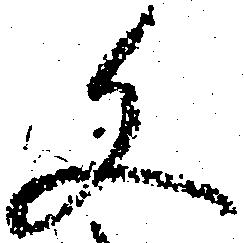
文